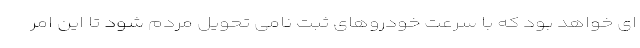
ای خواهد بود که با سرعت خودروهای ثبت نامی تحویل مردم شود تا این امر